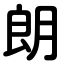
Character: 朗